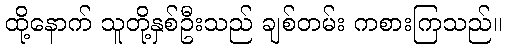
ထို့နောက် သူတို့နှစ်ဦးသည် ချစ်တမ်း ကစားကြသည်။